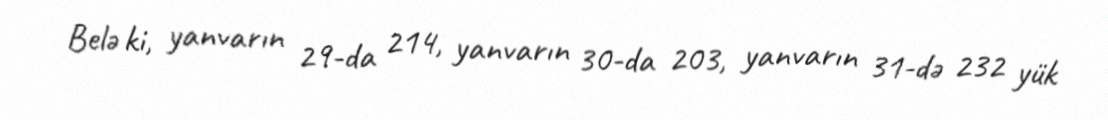
Belə ki, yanvarın 29-da 214, yanvarın 30-da 203, yanvarın 31-də 232 yük